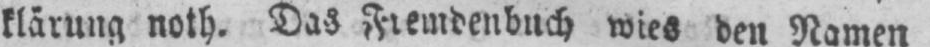
klärung noth. Das Fremdenbuch wies den Namen